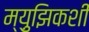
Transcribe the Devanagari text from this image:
म्य़ुझिकशी